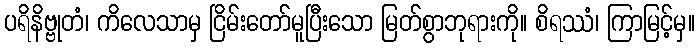
ပရိနိဗ္ဗုတံ၊ ကိလေသာမှ ငြိမ်းတော်မူပြီးသော မြတ်စွာဘုရားကို။ စိရဿံ၊ ကြာမြင့်မှ။